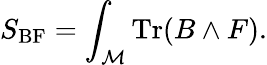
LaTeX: S_{\mathrm{BF}}=\int_{\cal M}\mathrm{Tr}(B\wedge F).